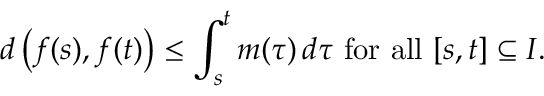
d \left( f ( s ) , f ( t ) \right) \leq \int _ { s } ^ { t } m ( \tau ) \, d \tau { \mathrm { ~ f o r ~ a l l ~ } } [ s , t ] \subseteq I .